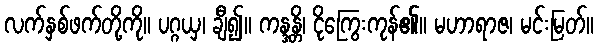
လက်နှစ်ဖက်တို့ကို။ ပဂ္ဂယှ၊ ချီ၍။ ကန္ဒန္တိ၊ ငိုကြွေးကုန်၏။ မဟာရာဇ၊ မင်းမြတ်။